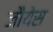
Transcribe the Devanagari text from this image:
जौयेस